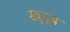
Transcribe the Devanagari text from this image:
खुतुब